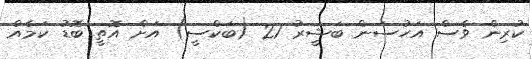
ކުރިން ވެސް އަހުސަން ބަޝީރު 21 (ބަކްސީ) އަށް އޮތީ ބޮޑު ކަމެއް